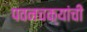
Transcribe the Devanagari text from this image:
पवनचक्यांची